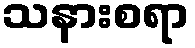
သနားစရာ